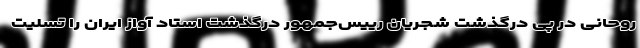
روحانی در پی درگذشت شجریان رییس‌جمهور درگذشت استاد آواز ایران را تسلیت